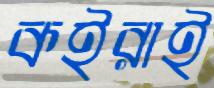
কইরাই